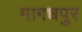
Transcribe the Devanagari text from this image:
मागधपुर